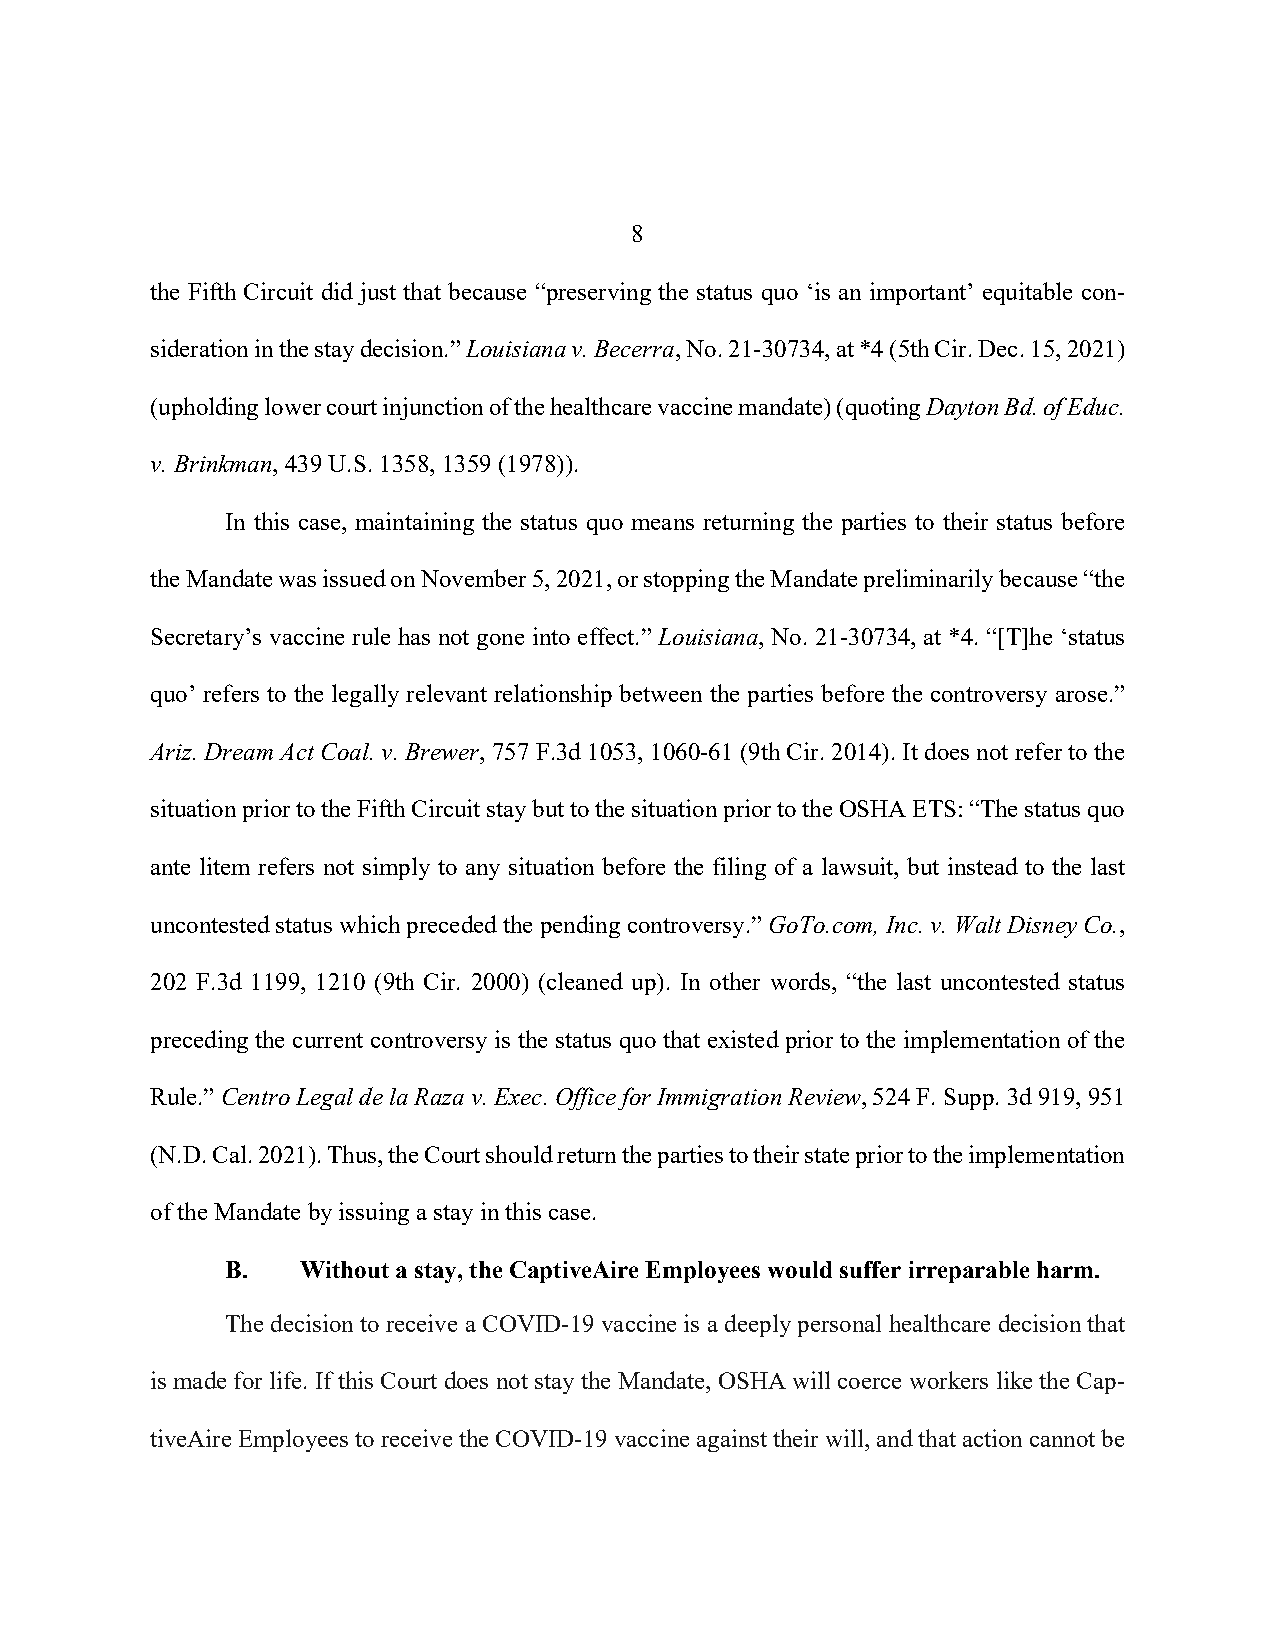
8
 the Fifth Circuit did just that because “preserving the status quo ‘is an important’ equitable con-
 sideration in the stay decision.” Louisiana v. Becerra, No. 21-30734, at *4 (5th Cir. Dec. 15, 2021)
 (upholding lower court injunction of the healthcare vaccine mandate) (quoting Dayton Bd. of Educ.
 v. Brinkman, 439 U.S. 1358, 1359 (1978)).
 In this case, maintaining the status quo means returning the parties to their status before
 the Mandate was issued on November 5, 2021, or stopping the Mandate preliminarily because “the
 Secretary’s vaccine rule has not gone into effect.” Louisiana, No. 21-30734, at *4. “[T]he ‘status
 quo’ refers to the legally relevant relationship between the parties before the controversy arose.”
 Ariz. Dream Act Coal. v. Brewer, 757 F.3d 1053, 1060-61 (9th Cir. 2014). It does not refer to the
 situation prior to the Fifth Circuit stay but to the situation prior to the OSHA ETS: “The status quo
 ante litem refers not simply to any situation before the filing of a lawsuit, but instead to the last
 uncontested status which preceded the pending controversy.” GoTo.com, Inc. v. Walt Disney Co.,
 202 F.3d 1199, 1210 (9th Cir. 2000) (cleaned up). In other words, “the last uncontested status
 preceding the current controversy is the status quo that existed prior to the implementation of the
 Rule.” Centro Legal de la Raza v. Exec. Office for Immigration Review, 524 F. Supp. 3d 919, 951
 (N.D. Cal. 2021). Thus, the Court should return the parties to their state prior to the implementation
 of the Mandate by issuing a stay in this case.
 B.   Without a stay, the CaptiveAire Employees would suffer irreparable harm.
 The decision to receive a COVID-19 vaccine is a deeply personal healthcare decision that
 is made for life. If this Court does not stay the Mandate, OSHA will coerce workers like the Cap-
 tiveAire Employees to receive the COVID-19 vaccine against their will, and that action cannot be